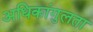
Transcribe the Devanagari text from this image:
अधिकांगुलता